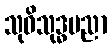
သုဝိသုဒ္ဓပညာ